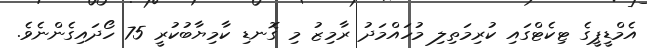
އެމްޑީޕީގެ ޓިކެޓްގައި ކުރިމަތިލި މުހައްމަދު ރާމިޒު މި ގޮނޑި ކާމިޔާބުކުރީ 75 ހޯދައިގެންނެވެ.